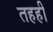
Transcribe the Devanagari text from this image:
तहही